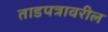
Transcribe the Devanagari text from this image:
ताडपत्रावरील